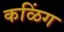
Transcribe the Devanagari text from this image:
कळिंग